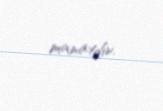
manatdır.